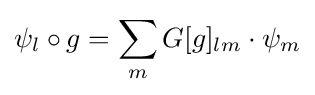
\psi _{l}\circ g=\sum _{m}G[g]_{lm}\cdot \psi _{m}